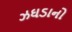
ઝઘડાનો